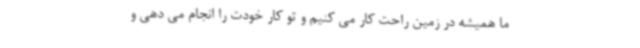
ما همیشه در زمین راحت کار می کنیم و تو کار خودت را انجام می دهی و